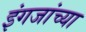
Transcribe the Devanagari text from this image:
इंगजांच्या